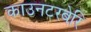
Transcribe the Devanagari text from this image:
काउनटरबेरि